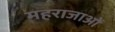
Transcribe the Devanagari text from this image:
महराजाओं